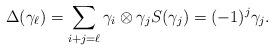
LaTeX: \begin{align*} \Delta(\gamma_\ell) = \sum_{i+j=\ell} \gamma_i \otimes \gamma_j S(\gamma_j) = (-1)^j \gamma_j.\end{align*}